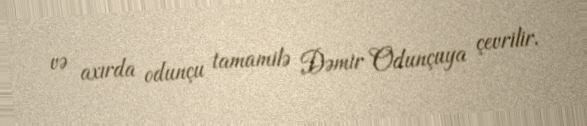
və axırda odunçu tamamilə Dəmir Odunçuya çevrilir.